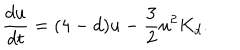
\frac { d u } { d t } = ( 4 - d ) u - \frac { 3 } { 2 } u ^ { 2 } K _ { d } .